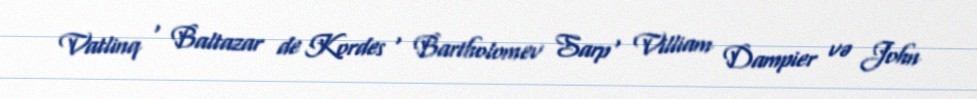
Vatlinq , Baltazar de Kordes , Bartholomev Sarp , Villiam Dampier və John